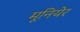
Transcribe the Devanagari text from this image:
मूनियेर